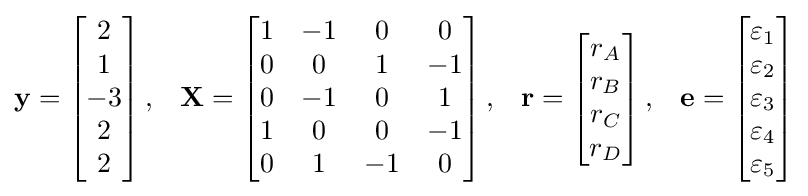
{\begin{matrix}\mathbf {y} =\left[{\begin{matrix}2\\1\\-3\\2\\2\\\end{matrix}}\right],&\mathbf {X} =\left[{\begin{matrix}1&-1&0&0\\0&0&1&-1\\0&-1&0&1\\1&0&0&-1\\0&1&-1&0\\\end{matrix}}\right],&\mathbf {r} =\left[{\begin{matrix}r_{A}\\r_{B}\\r_{C}\\r_{D}\\\end{matrix}}\right],&\mathbf {e} =\left[{\begin{matrix}\varepsilon _{1}\\\varepsilon _{2}\\\varepsilon _{3}\\\varepsilon _{4}\\\varepsilon _{5}\\\end{matrix}}\right]\\\end{matrix}}